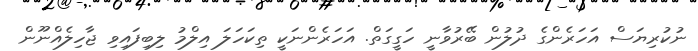
ނުކުރިޔަސް އަހަރެންގެ ދުލުން ބޭރުވާނީ ހަގީގަތް. އަހަރެންނަކީ ތިކަހަލަ އިލްމު ލިބިފައިވި ޖާހިލެއްނޫން